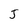
Character: J